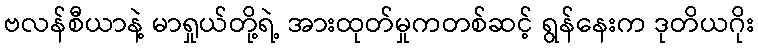
ဗလန်စီယာနဲ့ မာရှုယ်တို့ရဲ့ အားထုတ်မှုကတစ်ဆင့် ရွန်နေးက ဒုတိယဂိုး